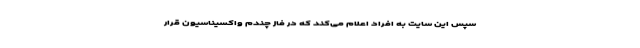
سپس این سایت به افراد اعلام می‌کند که در فاز چندم واکسیناسیون قرار